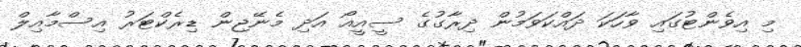
މި އިވެންޓުގައި ވާހަކަ ދައްކަވަމުން ދިރާގުގެ ސީއީއޯ އަދި މެނޭޖިން ޑިރެކްޓަރު އިސްމާއިލް